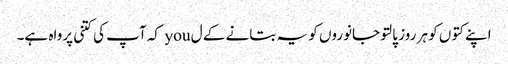
اپنے کتوں کو ہر روز پالتو جانوروں کو یہ بتانے کے ل you کہ آپ کی کتنی پرواہ ہے۔